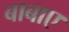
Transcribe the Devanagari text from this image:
बाबाए